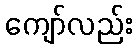
ကျော်လည်း